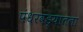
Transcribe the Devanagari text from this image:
पंधरवड्यातला